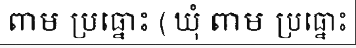
ពាម ប្រធ្នោះ ( ឃុំ ពាម ប្រធ្នោះ